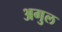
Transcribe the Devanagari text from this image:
अगुल